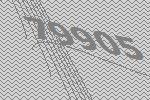
79905